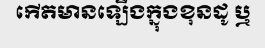
កើតមានឡើងក្នុងខុនដូ ឬ